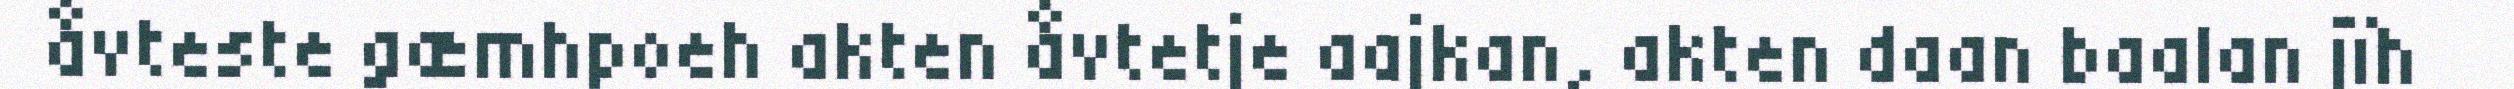
åvteste gæmhpoeh akten åvtetje aajkan, akten daan baalan jïh